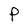
Character: P